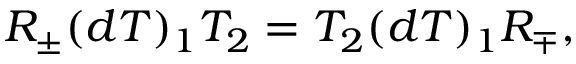
R _ { \pm } ( d T ) _ { 1 } T _ { 2 } = T _ { 2 } ( d T ) _ { 1 } R _ { \mp } ,